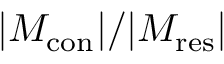
| M _ { \mathrm { { c o n } } } | / | M _ { \mathrm { { r e s } } } |